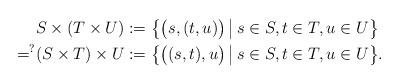
LaTeX: \begin{align*}& S \times (T \times U) :=\big\{\big(s,(t,u)\big)\,\big|\, s\in S, t\in T, u\in U\big\}\\=^?&(S \times T) \times U:=\big\{\big((s,t),u\big)\,\big|\, s\in S, t\in T, u\in U\big\}.\end{align*}